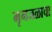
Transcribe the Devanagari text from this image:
मृगजळाचा